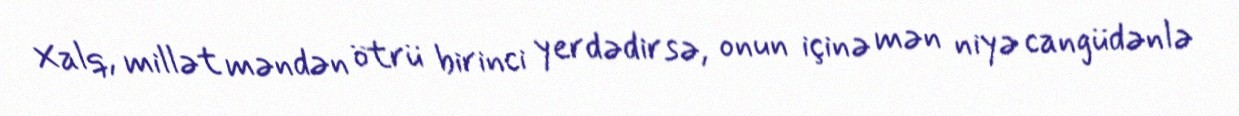
Xalq, millət məndən ötrü birinci yerdədirsə, onun içinə mən niyə cangüdənlə